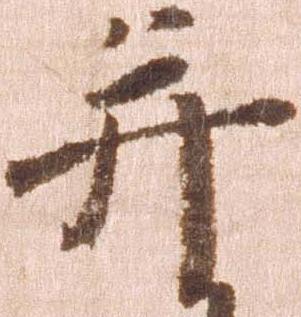
并